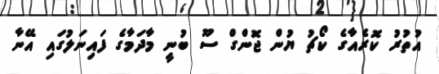
އުތުރު ކޮރެއާގެ ކޯޗު ޔުން ޖޮންގް ސޫ ބުނީ މާދަމާގެ ފައިނަލުގައި އޭނާ